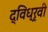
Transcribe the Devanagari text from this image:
द्विध्रृवी